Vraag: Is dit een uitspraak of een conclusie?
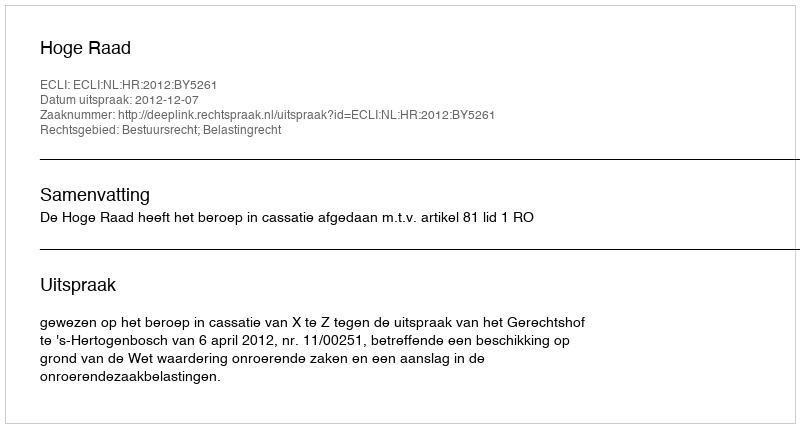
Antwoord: Uitspraak